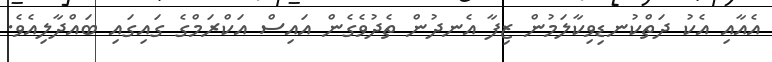
އެއާއި އެކު ދަތްކުނޑިވިކާލަމުން ޒިފާ އެނދުން ތެދުވެގެން އައިސް އަކްރަމްގެ ގައިގައި ބައްދާލިއެވެ.